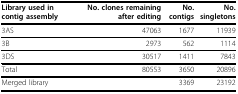
| Library used in contig assembly | No. clones remaining after editing | No. contigs | No. singletons |
 | --- | --- | --- | --- |
 | 3AS | 47063 | 1677 | 11939 |
 | 3B | 2973 | 562 | 1114 |
 | 3DS | 30517 | 1411 | 7843 |
 | Total | 80553 | 3650 | 20896 |
 | Merged library |  | 3369 | 23192 |